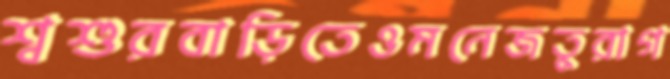
শ্বশুরবাড়িতেওমনেজতুরাগ